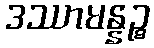
ဒဿာမန္နဉ္စ